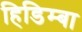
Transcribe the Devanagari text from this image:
हिडिम्‍बा